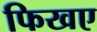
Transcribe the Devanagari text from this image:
फिखए